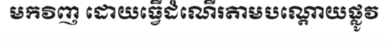
មកវិញ ដោយធ្វើដំណើរតាមបណ្តោយផ្លូវ